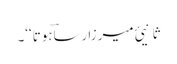
ثانیئ میرزا رساؔہوتا‘‘۔